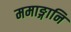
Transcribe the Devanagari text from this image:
ममाङ्गानि